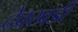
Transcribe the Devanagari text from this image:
देवखडी